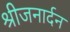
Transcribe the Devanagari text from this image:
श्रीजनार्दन